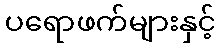
ပရောဖက်များနှင့်